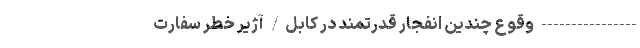
---------------- وقوع چندین انفجار قدرتمند در کابل/ آژیر خطر سفارت